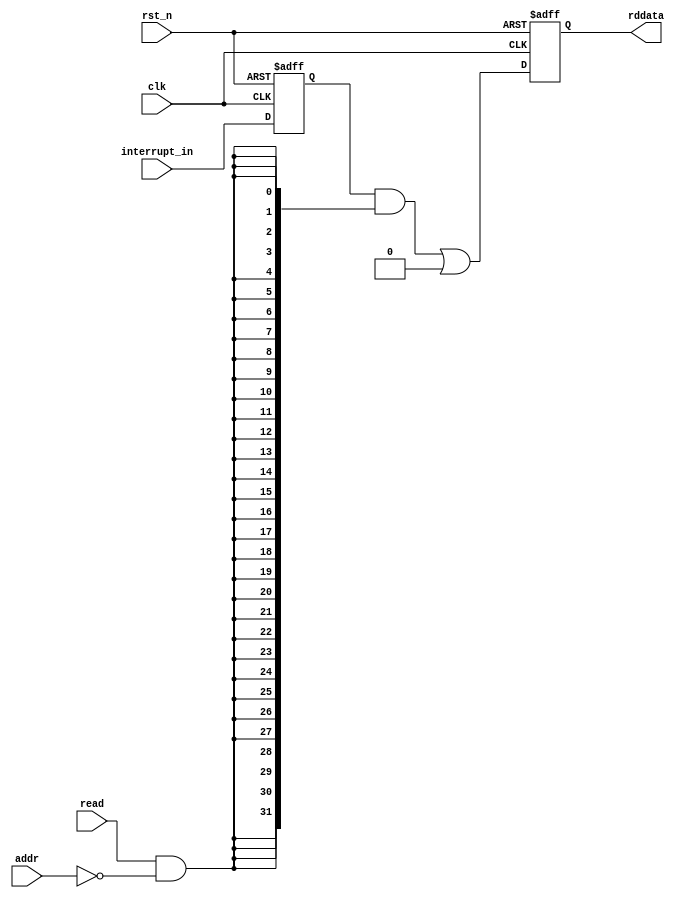
module intr_capturer #(
  parameter NUM_INTR = 32
  // active high level interrupt is expected for the input of this capturer module
)(
  input                clk,
  input                rst_n,
  input [NUM_INTR-1:0] interrupt_in,
  //input [31:0]         wrdata,
  input                addr,
  input                read,
  output [31:0]        rddata
);

  reg  [NUM_INTR-1:0]  interrupt_reg;
  reg  [31:0]          readdata_with_waitstate;
  wire [31:0]          act_readdata;
  wire [31:0]          readdata_lower_intr;
  wire [31:0]          readdata_higher_intr;
  wire                 access_lower_32;
  wire                 access_higher_32;

  always @(posedge clk or negedge rst_n) begin
    if (!rst_n) interrupt_reg <= 'b0;
    else        interrupt_reg <= interrupt_in;
    end

  generate
  if (NUM_INTR>32) begin : two_intr_reg_needed
    assign readdata_lower_intr  = interrupt_reg[31:0] & {(32){access_lower_32}};
    assign readdata_higher_intr = interrupt_reg[NUM_INTR-1:32] & {(NUM_INTR-32){access_higher_32}};
    end
  else begin : only_1_reg
    assign readdata_lower_intr  = interrupt_reg & {(NUM_INTR){access_lower_32}};
    assign readdata_higher_intr = {32{1'b0}};
    end
  endgenerate

  assign access_lower_32 = read & (addr == 0);
  assign access_higher_32 = read & (addr == 1);
  assign act_readdata = readdata_lower_intr | readdata_higher_intr;
  assign rddata = readdata_with_waitstate;

  always @(posedge clk or negedge rst_n) begin
    if (!rst_n) readdata_with_waitstate <= 32'b0;
    else        readdata_with_waitstate <= act_readdata;
    end
  
endmodule